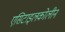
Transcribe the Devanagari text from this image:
एसिटाइलकोलीन